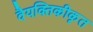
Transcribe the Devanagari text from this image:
वैयक्तिकीकृत